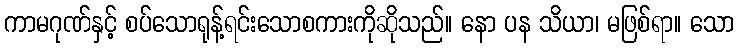
ကာမဂုဏ်နှင့် စပ်သောရုန့်ရင်းသောစကားကိုဆိုသည်။ နော ပန သိယာ၊ မဖြစ်ရာ။ သော